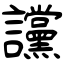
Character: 讜